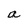
Character: a